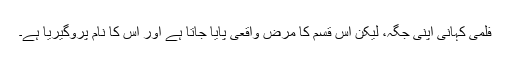
فلمی کہانی اپنی جگہ، لیکن اس قسم کا مرض واقعی پایا جاتا ہے اور اس کا نام پروگیریا ہے۔